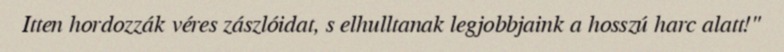
Itten hordozzák véres zászlóidat, s elhulltanak legjobbjaink a hosszú harc alatt!"